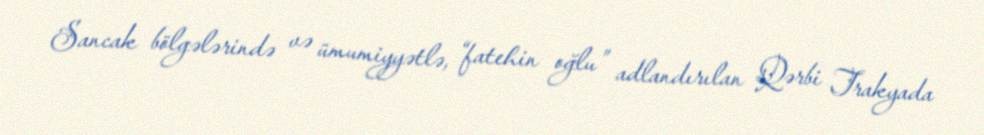
Sancak bölgələrində və ümumiyyətlə, “fatehin oğlu” adlandırılan Qərbi Trakyada